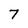
Character: 7